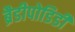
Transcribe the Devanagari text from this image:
ब्रैडीपोडिडी